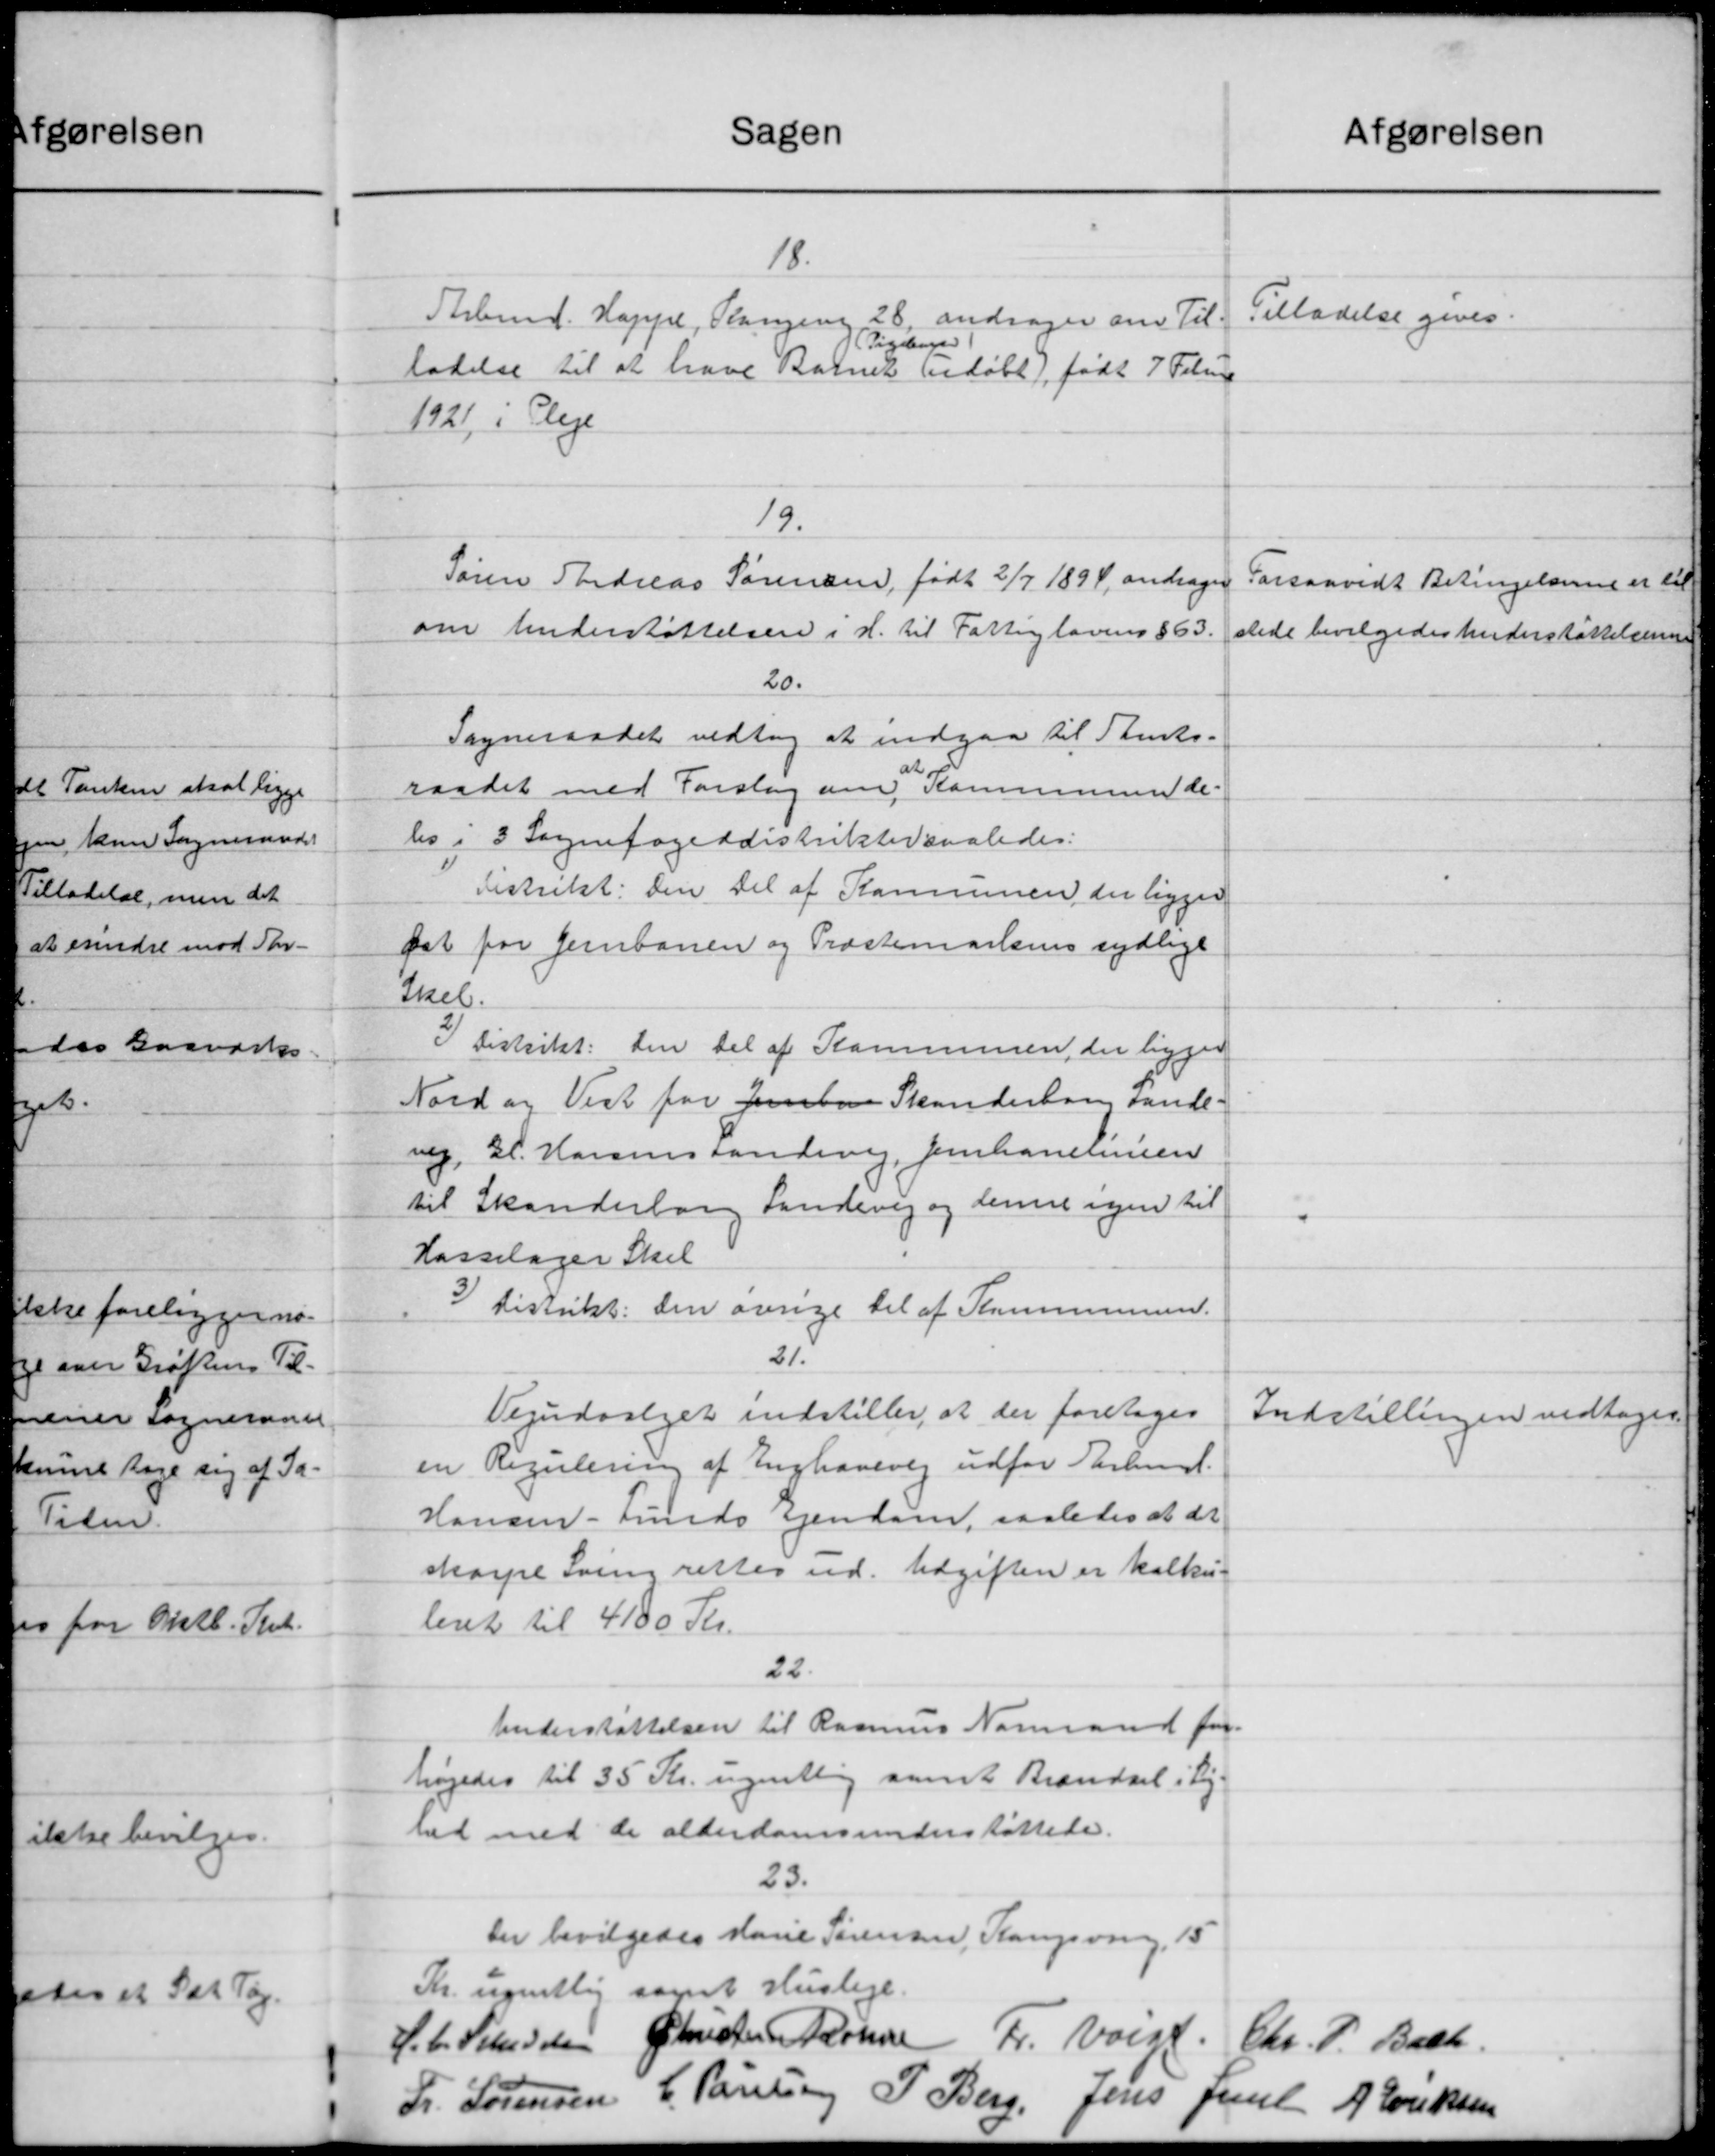
Transskription:
Sagen
Afgørelsen
18.
Tilladelse gives.
Arbmd. Happe, Plangevej 28, andrager om Til-
Pigelinge
ladelse til at have Barnet bedøbt), født 7 Februa
1921, i Pleje
19.
Søren Thedreas Sørensen, født 2/7 1894, andrager
Forsaavidt Betingelserne er til
om Understøttelsen i H. til Fattiglovens §63.
stede bevilgedes Understøttelserne
20.
Sogneraadet vedtog at indgaa til Stents-
raadet med Forslag om Kommunen de-
bo i 3 Sognefogeddistriktersaaledes:
Distrikt: den Del af Kommunen der ligger
fat for Jernbanen og Præstemarkens sydlige
Skel.
3) Distrikt: den Del af Kommunen, der ligger
Nord og Vest for Jernberg Skanderborg Lande-
vej, Gl. Horsenstandevej, Jernbanelinien
til Skanderborg Landevej og denne vejen til
"
Hasselager Skel
3) Distrikt: den øvrige til af Kommunen.
21.
Vejudvalget indstiller, at der foretoges
Indstillingen vedtoges.
en Regulering af Enghavevej udfor Partemet.
Hansen - Lunds Ejendom, saaledes at det
skarpe Sving rettes ud. Udgiften er kalke-
levet til 4100 Kr.
22.
Understøttelsen til Rasmus Normand for
højedes til 35 Kr. ugentlig samt Brændsel i Lig-
hed med de alderdomsunderstøttelse.
23.
Der bevilgedes Marie Sørensen, Rangsving, 15
Kr. ugentlig samt Husleje.
H. C. Studsen Christen Købene Fr. Valgt
Chr. P. Bach
Fr. Sørensen C. Poulsen P. Berg, Jens Juul A. Eriksen